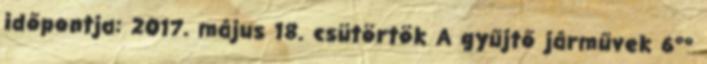
időpontja: 2017. május 18. csütörtök A gyűjtő járművek 6°°